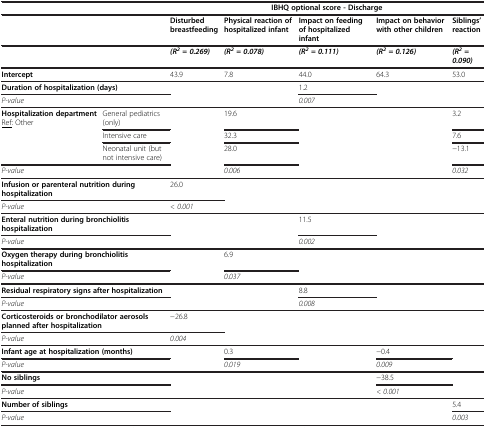
<table><thead><tr><td colspan="2"><b> </b></td><td colspan="5"><b>IBHQ optional score - Discharge</b></td></tr></thead><tbody><tr><td colspan="2"> </td><td><b>Disturbed breastfeeding</b></td><td><b>Physical reaction of hospitalized infant</b></td><td><b>Impact on feeding of hospitalized infant</b></td><td><b>Impact on behavior with other children</b></td><td><b>Siblings’ reaction</b></td></tr><tr><td colspan="2"> </td><td><b><i>(R</i></b><sup><b><i>2</i></b></sup><b><i>= 0.269)</i></b></td><td><b><i>(R</i></b><sup><b><i>2</i></b></sup><b><i>= 0.078)</i></b></td><td><b><i>(R</i></b><sup><b><i>2</i></b></sup><b><i>= 0.111)</i></b></td><td><b><i>(R</i></b><sup><b><i>2</i></b></sup><b><i>= 0.126)</i></b></td><td><b><i>(R</i></b><sup><b><i>2</i></b></sup><b><i>= 0.090)</i></b></td></tr><tr><td colspan="2"><b>Intercept</b></td><td>43.9</td><td>7.8</td><td>44.0</td><td>64.3</td><td>53.0</td></tr><tr><td colspan="2"><b>Duration of hospitalization (days)</b></td><td rowspan="2"> </td><td rowspan="2"> </td><td>1.2</td><td rowspan="2"> </td><td rowspan="2"> </td></tr><tr><td colspan="2"><i>P-value</i></td><td><i>0.007</i></td></tr><tr><td rowspan="3"><b>Hospitalization department</b><underline>Ref</underline>: Other</td><td>General pediatrics (only)</td><td rowspan="4"> </td><td>19.6</td><td rowspan="4"> </td><td rowspan="4"> </td><td>3.2</td></tr><tr><td>Intensive care</td><td>32.3</td><td>7.6</td></tr><tr><td>Neonatal unit (but not intensive care)</td><td>28.0</td><td>−13.1</td></tr><tr><td colspan="2"><i>P-value</i></td><td><i>0.006</i></td><td><i>0.032</i></td></tr><tr><td colspan="2"><b>Infusion or parenteral nutrition during hospitalization</b></td><td>26.0</td><td rowspan="2"> </td><td rowspan="2"> </td><td rowspan="2"> </td><td rowspan="2"> </td></tr><tr><td colspan="2"><i>P-value</i></td><td><i>&lt; 0.001</i></td></tr><tr><td colspan="2"><b>Enteral nutrition during bronchiolitis hospitalization</b></td><td> </td><td> </td><td>11.5</td><td> </td><td> </td></tr><tr><td colspan="2"><i>P-value</i></td><td> </td><td> </td><td><i>0.002</i></td><td> </td><td> </td></tr><tr><td colspan="2"><b>Oxygen therapy during bronchiolitis hospitalization</b></td><td> </td><td>6.9</td><td> </td><td> </td><td> </td></tr><tr><td colspan="2"><i>P-value</i></td><td> </td><td><i>0.037</i></td><td> </td><td> </td><td> </td></tr><tr><td colspan="2"><b>Residual respiratory signs after hospitalization</b></td><td rowspan="2"> </td><td rowspan="2"> </td><td>8.8</td><td rowspan="2"> </td><td rowspan="2"> </td></tr><tr><td colspan="2"><i>P-value</i></td><td><i>0.008</i></td></tr><tr><td colspan="2"><b>Corticosteroids or bronchodilator aerosols planned after hospitalization</b></td><td>−26.8</td><td rowspan="2"> </td><td rowspan="2"> </td><td rowspan="2"> </td><td rowspan="2"> </td></tr><tr><td colspan="2"><i>P-value</i></td><td><i>0.004</i></td></tr><tr><td colspan="2"><b>Infant age at hospitalization (months)</b></td><td> </td><td>0.3</td><td> </td><td>−0.4</td><td> </td></tr><tr><td colspan="2"><i>P-value</i></td><td> </td><td><i>0.019</i></td><td> </td><td><i>0.009</i></td><td> </td></tr><tr><td colspan="2"><b>No siblings</b></td><td rowspan="2"> </td><td rowspan="2"> </td><td rowspan="2"> </td><td>−38.5</td><td> </td></tr><tr><td colspan="2"><i>P-value</i></td><td><i>&lt; 0.001</i></td><td> </td></tr><tr><td colspan="2"><b>Number of siblings</b></td><td rowspan="2"> </td><td rowspan="2"> </td><td rowspan="2"> </td><td rowspan="2"> </td><td>5.4</td></tr><tr><td colspan="2"><i>P-value</i></td><td><i>0.003</i></td></tr></tbody></table>